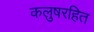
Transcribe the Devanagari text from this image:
कलुषरहित